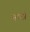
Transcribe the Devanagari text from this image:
नामीं